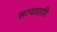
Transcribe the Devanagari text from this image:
सत्यप्राप्ति